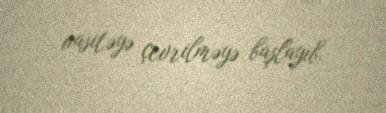
vasitəyə çevrilməyə başlayıb.